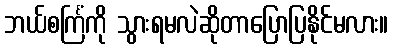
ဘယ်စင်္ကြံကို သွားရမလဲဆိုတာပြောပြနိုင်မလား။